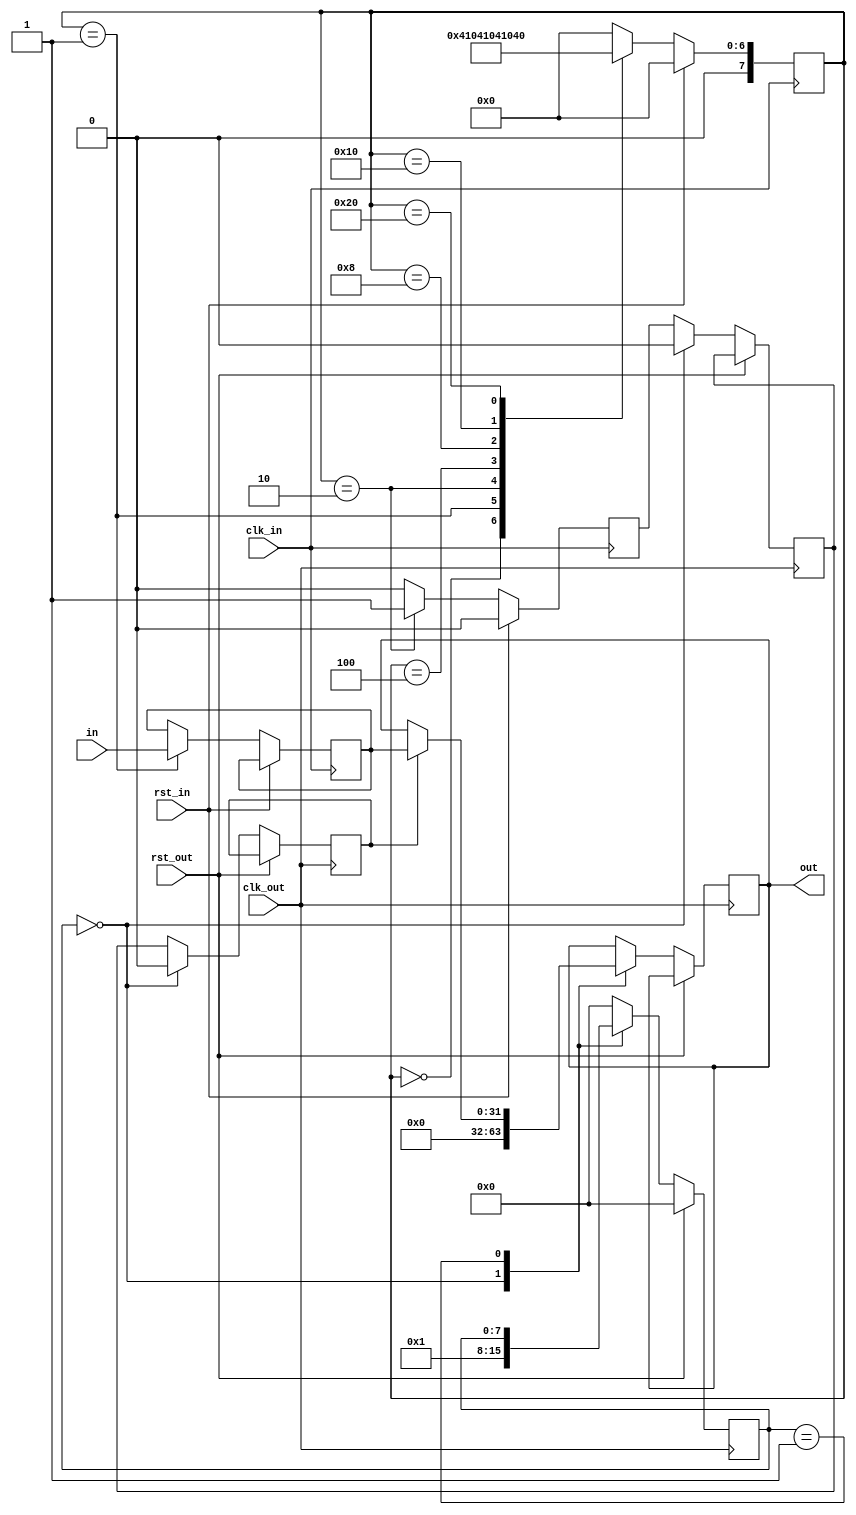
/*******************************************************************************
*
*  NetFPGA-10G http://www.netfpga.org
*
*  File:
*        sync_type1.v
*
*  Project:
*
*
*  Author:
*        Marco Forconesi
*
*  Description:
*        Synchronizes signals that cross clock domains. Other modules do not have
*        to care about Synchronization.
*
*
*    This code is initially developed for the Network-as-a-Service (NaaS) project.
*
*  Copyright notice:
*        Copyright (C) 2014 University of Cambridge
*
*  Licence:
*        This file is part of the NetFPGA 10G development base package.
*
*        This file is free code: you can redistribute it and/or modify it under
*        the terms of the GNU Lesser General Public License version 2.1 as
*        published by the Free Software Foundation.
*
*        This package is distributed in the hope that it will be useful, but
*        WITHOUT ANY WARRANTY; without even the implied warranty of
*        MERCHANTABILITY or FITNESS FOR A PARTICULAR PURPOSE.  See the GNU
*        Lesser General Public License for more details.
*
*        You should have received a copy of the GNU Lesser General Public
*        License along with the NetFPGA source package.  If not, see
*        http://www.gnu.org/licenses/.
*
*/

//////////////////////////////////////////////////////////////////////////////////////////////
//////////////////////////////////////////////////////////////////////////////////////////////
`timescale 1ns / 1ps
//`default_nettype none

module sync_type1 # (
    parameter W = 32
    ) (

    input                    clk_out,         // freq(clk_out) > freq(clk_in)
    input                    rst_out,

    input                    clk_in,
    input                    rst_in,

    input        [W-1:0]     in,
    output reg   [W-1:0]     out
    );

    // localparam
    localparam s0 = 8'b00000000;
    localparam s1 = 8'b00000001;
    localparam s2 = 8'b00000010;
    localparam s3 = 8'b00000100;
    localparam s4 = 8'b00001000;
    localparam s5 = 8'b00010000;
    localparam s6 = 8'b00100000;
    localparam s7 = 8'b01000000;
    localparam s8 = 8'b10000000;

    //-------------------------------------------------------
    // Local a
    //-------------------------------------------------------
    reg          [7:0]       fsm_a;
    reg                      sync;
    reg          [W-1:0]     cross;

    //-------------------------------------------------------
    // Local b
    //-------------------------------------------------------
    reg          [7:0]       fsm_b;
    reg                      sync_reg0;
    reg                      sync_reg1;

    ////////////////////////////////////////////////
    // a
    ////////////////////////////////////////////////
    always @(posedge clk_in) begin

        if (rst_in) begin  // rst
            sync <= 1'b0;
            fsm_a <= s0;
        end
        
        else begin  // not rst

            sync <= 1'b0;

            case (fsm_a)

                s0 : begin
                    fsm_a <= s1;
                end

                s1 : begin
                    cross <= in;
                    fsm_a <= s2;
                end

                s2 : begin
                    sync <= 1'b1;
                    fsm_a <= s3;
                end

                s3 : fsm_a <= s4;
                s4 : fsm_a <= s5;
                s5 : fsm_a <= s6;
                s6 : fsm_a <= s7;
                s7 : fsm_a <= s0;

                default : begin 
                    fsm_a <= s0;
                end

            endcase
        end     // not rst
    end  //always

    ////////////////////////////////////////////////
    // b
    ////////////////////////////////////////////////
    always @(posedge clk_out) begin

        if (rst_out) begin  // rst
            fsm_b <= s0;
        end
        
        else begin  // not rst

            sync_reg0 <= sync;
            sync_reg1 <= sync_reg0;

            case (fsm_b)

                s0 : begin
                    sync_reg0 <= 1'b0;
                    sync_reg1 <= 1'b0;
                    out <= 'b0;
                    fsm_b <= s1;
                end

                s1 : begin
                    if (sync_reg1) begin
                        out <= cross;
                    end
                end

                default : begin 
                    fsm_b <= s0;
                end

            endcase
        end     // not rst
    end  //always

endmodule // sync_type1

//////////////////////////////////////////////////////////////////////////////////////////////
//////////////////////////////////////////////////////////////////////////////////////////////